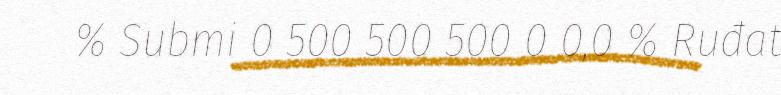
% Submi 0 500 500 500 0 0,0 % Ruđat